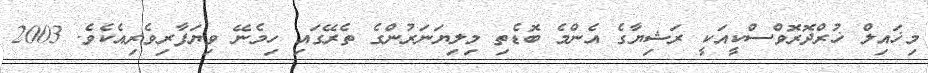
މިޚައިލް ޚުރްދޮރޮވްސްކީއަކީ ރަޝިޔާގެ އެންމެ ބޮޑެތި މިލިޔަނަރުންގެ ތެރޭގައި ހިމެނޭ ވިޔަފާރިވެރިއެކެވެ. 2003